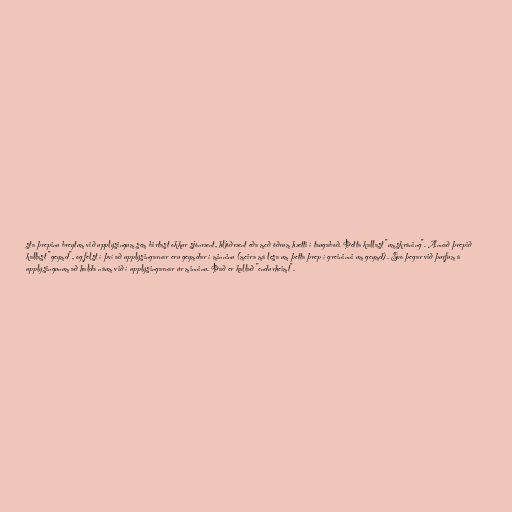
sta þrepinu breytum við upplýsingum sem birtast okkur sjónrænt, hljóðrænt eða með öðrum hætti í taugaboð. Þetta kallast "umskráning". Annað þrepið
kallast "geymd", og felst í því að upplýsingarnar eru geymdar í minninu (meira má lesa um þetta þrep í greininni um geymd). Svo þegar við þurfum á
upplýsingunum að halda náum við í upplýsingarnar úr minninu. Það er kallað "endurheimt".